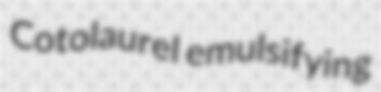
Cotolaurel emulsifying